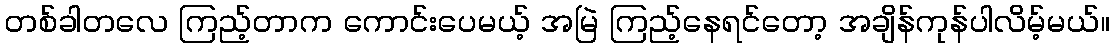
တစ်ခါတလေ ကြည့်တာက ကောင်းပေမယ့် အမြဲ ကြည့်နေရင်တော့ အချိန်ကုန်ပါလိမ့်မယ်။